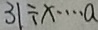
3 1 \div x \cdots a